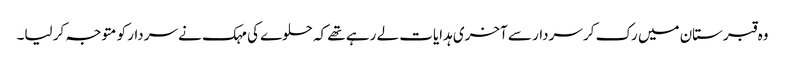
وہ قبرستان میں رک کر سردار سے آخری ہدایات لے رہے تھے کہ حلوے کی مہک نے سردار کو متوجہ کر لیا۔